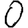
Digit: 0